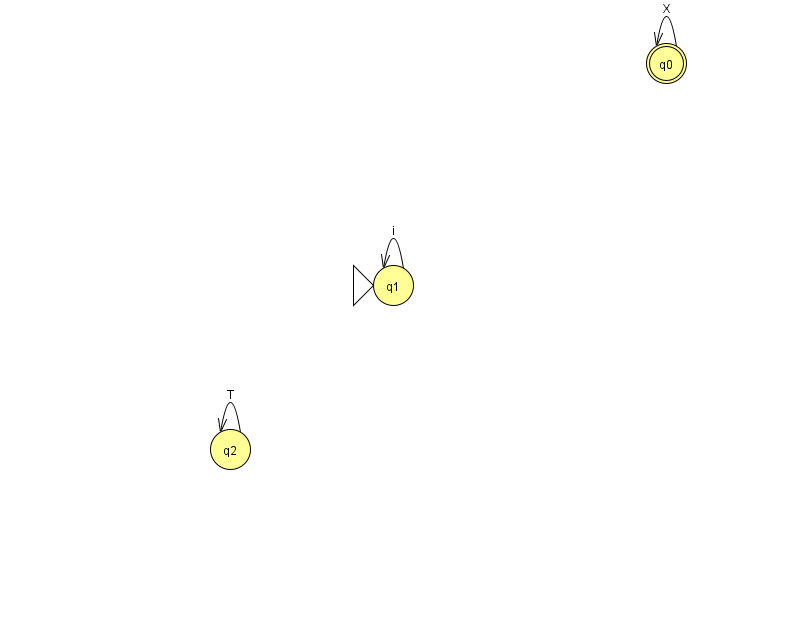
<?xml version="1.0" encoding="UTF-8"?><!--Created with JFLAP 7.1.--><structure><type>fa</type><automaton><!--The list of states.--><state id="0" name="q0"><x>666.0</x><y>50.0</y><final/></state><state id="1" name="q1"><x>393.0</x><y>272.0</y><initial/></state><state id="2" name="q2"><x>230.0</x><y>436.0</y></state><!--The list of transitions.--><transition><from>2</from><to>2</to><read>T</read></transition><transition><from>0</from><to>0</to><read>X</read></transition><transition><from>1</from><to>1</to><read>i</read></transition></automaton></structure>